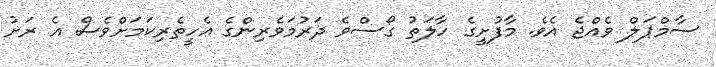
ސާމްޕަލް ވެއްޖެ އެވެ. މާފުށީގެ ހާލަތު ގޯސްވެ ދަރުމަވެރިންގެ އެހީތެރިކަމަށްވެސް އެ ރަށު